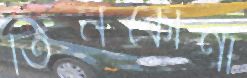
তিনকোণা